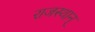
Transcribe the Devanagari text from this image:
राजस्थान्